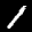
Label: 1